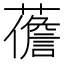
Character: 𧀻